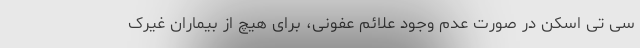
سی تی اسکن در صورت عدم وجود علائم عفونی، برای هیچ از بیماران غیرک